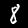
Digit: 8